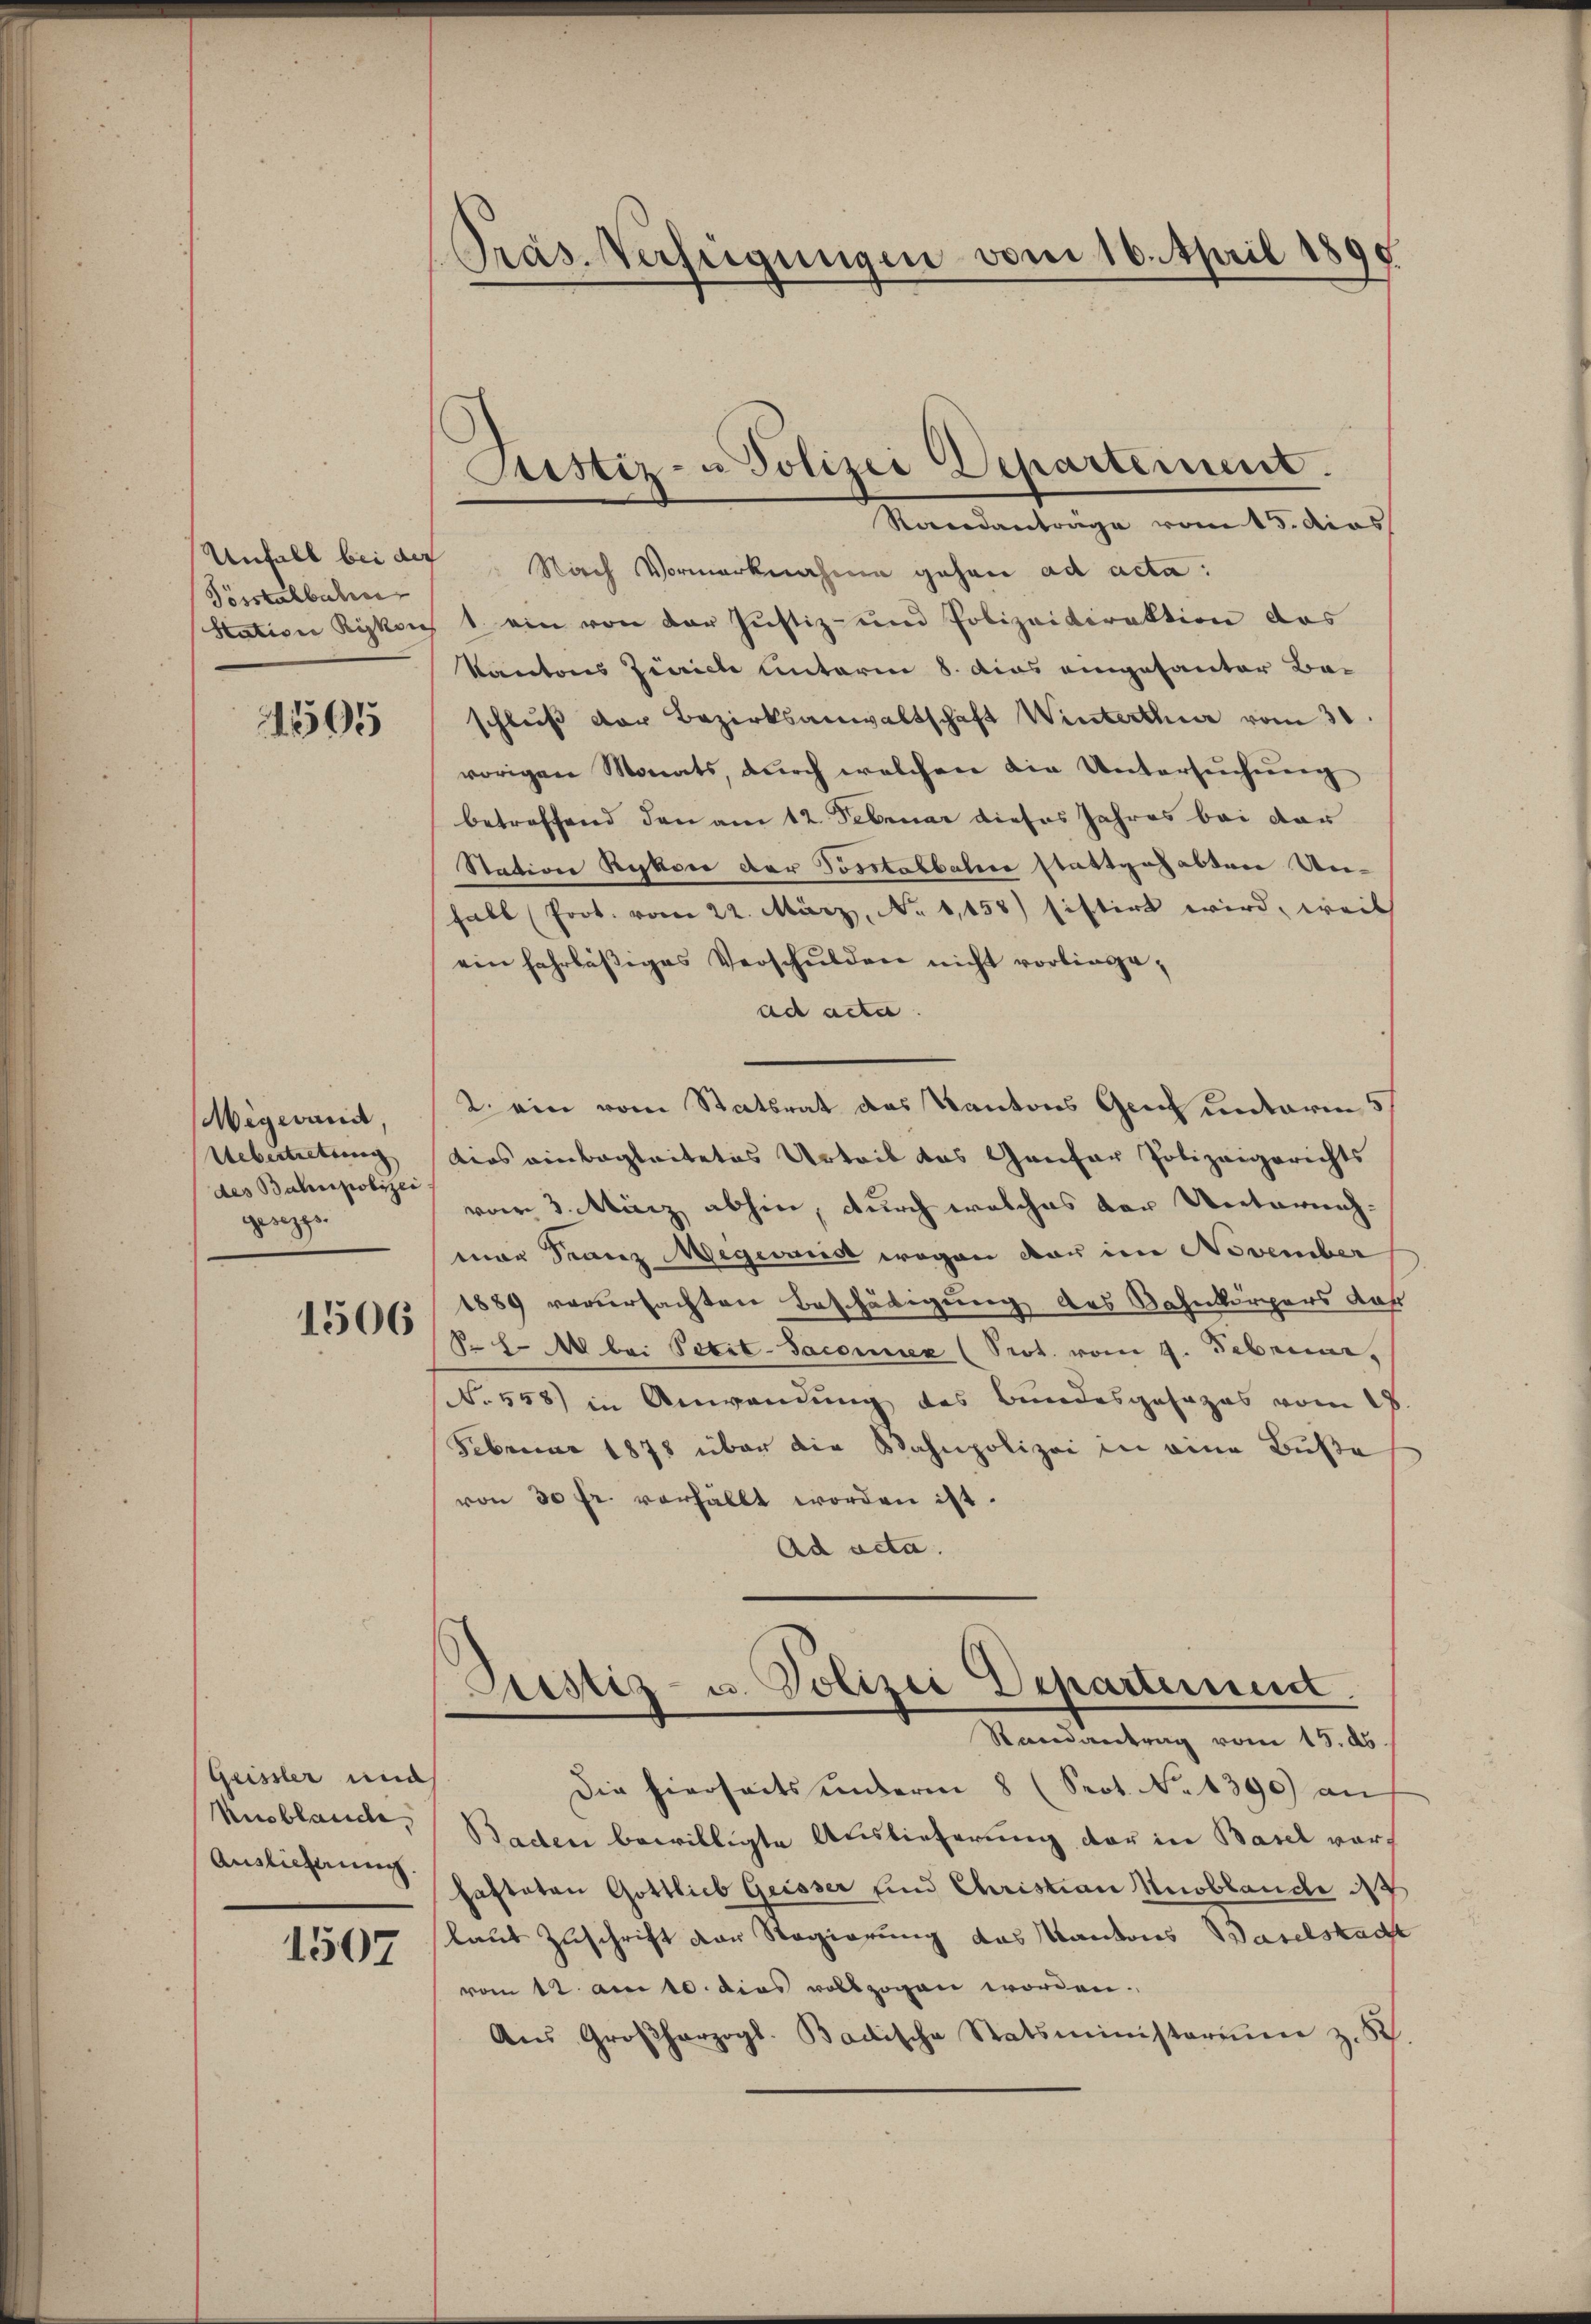
Tösstelbahren
Station Riskon

1595

Wigwand,
Uebertretung
des Bahnpolizei
gesezt.

1506

Geissler una
Ausblande,
Auslieferung.

1507

Pras-Verfügungen vom 16. April 1890

Justiz- u Polizei Departement.

Randantrage vom 15. dies
Unfall bei der Nach Vormerknahme gehen ad acta:
1. ein von der Justiz- und Polizeidirektion das
Kantons Zürich Unterm 8. dies eingesanter Bei
schluß der Bezirksanwaltschaft Winterthur vom 30.
vorigen Monats, dŭrch welchen die Untersŭchŭng
betreffend den am 12. Februar dieses Jahres bei der
Station Rykon der Tosstabbaten stattgehabten Un-
habl (Prot. vom 22. März, No 1,158) sistirt wird, weil
ein fahrläßiges Verschulden nicht vorliegead acta
2. ein vom Statsrat des Kantons Gem unterm 5
dios einbegleitetes Urteil das Gantar Polizeigerichts
vom 3. März abhin, durch welches der Unternehmar Franz Megermeis wegen der im November
1889 verursachten Beschädigung des Bahnkörpers da
§. 7. M. bei Petit-Sacomiez (Prot. vom 9. Februar,
No 558) in Anwendung des Bundesgesages vom
Februar 1878 über die Wahnpolizei in eine Buße
von 30 fr. verfällt worden ist.
Ad acta.
¬
Pustiz- u. Polizei Departement.
Randantrag vom 15. ds.
Die hierseits unterm 8 (Sept. No 1390) an
Baden bewilligte Auslieferung der in Basel vorhafteten Gottlieb Geisser und Christian Knoblande d
laut Zuschrift der Regierung das Kantons Baselstad
vom 12. am 10. dies vollzogen worden.
Aŭs Großherzogl. Badische Statsministerium z. B